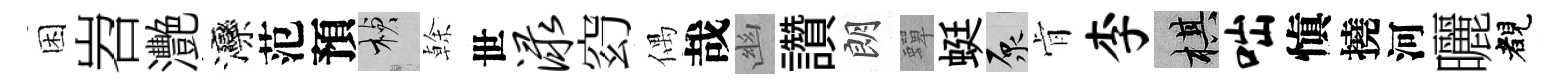
困岧灧灤范預楨𠏉世渌𥥆偶哉幽讚朗蟬蜓原肻李棋咄愼撓河曬睹